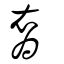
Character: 裔